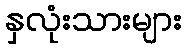
နှလုံးသားများ